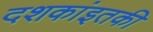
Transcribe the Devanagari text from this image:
दशकांइतकी